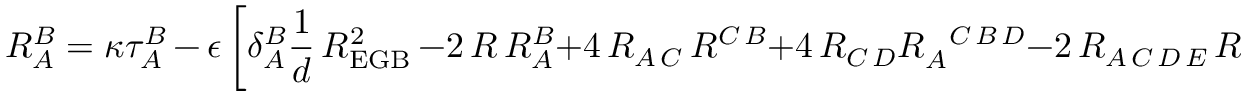
R _ { A } ^ { B } = \kappa \tau _ { A } ^ { B } \, - \, \epsilon \, \biggl [ \delta _ { A } ^ { B } \frac { 1 } { d } \, { \cal R } _ { \mathrm { E G B } } ^ { 2 } \, - 2 \, R \, R _ { A } ^ { B } + 4 \, R _ { A \, C } \, R ^ { C \, B } + 4 \, R _ { C \, D } R _ { A } ^ { ~ ~ C \, B \, D } - 2 \, R _ { A \, C \, D \, E } \, R ^ { B \, C \, D \, E } \biggr ] ,